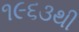
૧૯૬૩થી